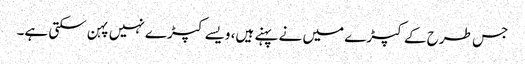
جس طرح کے کپڑے میں نے پہنے ہیں، ویسے کپڑے نہیں پہن سکتی ہے۔